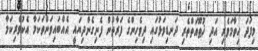
މިފަދަ ހިތާމަވެރި އަދި ޚުޠޫއަތްތެރި ދަނޑިވަޅުގައި ދިވެހިންގެ ފަރާތުން ފެނިގެންދިޔައީ އެއްބައިވަންތަކަމާ އެކުވެރިކަމާ